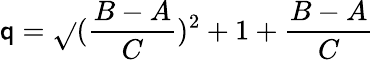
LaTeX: \mathsf{q}=\sqrt{}{{(\frac{{B-A}}{{C}})^{2}+1}}+\frac{{B-A}}{{C}}